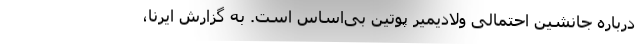
درباره جانشین احتمالی ولادیمیر پوتین بی‌اساس است. به گزارش ایرنا،